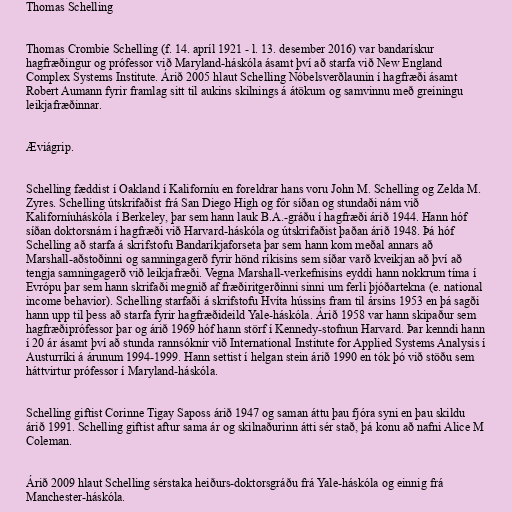
Thomas Schelling

Thomas Crombie Schelling (f. 14. apríl 1921 - l. 13. desember 2016) var bandarískur
hagfræðingur og prófessor við Maryland-háskóla ásamt því að starfa við New England
Complex Systems Institute. Árið 2005 hlaut Schelling Nóbelsverðlaunin í hagfræði ásamt
Robert Aumann fyrir framlag sitt til aukins skilnings á átökum og samvinnu með greiningu
leikjafræðinnar.

Æviágrip.

Schelling fæddist í Oakland í Kaliforníu en foreldrar hans voru John M. Schelling og Zelda M.
Zyres. Schelling útskrifaðist frá San Diego High og fór síðan og stundaði nám við
Kaliforníuháskóla í Berkeley, þar sem hann lauk B.A.-gráðu í hagfræði árið 1944. Hann hóf
síðan doktorsnám í hagfræði við Harvard-háskóla og útskrifaðist þaðan árið 1948. Þá hóf
Schelling að starfa á skrifstofu Bandaríkjaforseta þar sem hann kom meðal annars að
Marshall-aðstoðinni og samningagerð fyrir hönd ríkisins sem síðar varð kveikjan að því að
tengja samningagerð við leikjafræði. Vegna Marshall-verkefnisins eyddi hann nokkrum tíma í
Evrópu þar sem hann skrifaði megnið af fræðiritgerðinni sinni um ferli þjóðartekna (e. national
income behavior). Schelling starfaði á skrifstofu Hvíta hússins fram til ársins 1953 en þá sagði
hann upp til þess að starfa fyrir hagfræðideild Yale-háskóla. Árið 1958 var hann skipaður sem
hagfræðiprófessor þar og árið 1969 hóf hann störf í Kennedy-stofnun Harvard. Þar kenndi hann
í 20 ár ásamt því að stunda rannsóknir við International Institute for Applied Systems Analysis í
Austurríki á árunum 1994-1999. Hann settist í helgan stein árið 1990 en tók þó við stöðu sem
háttvirtur prófessor í Maryland-háskóla.

Schelling giftist Corinne Tigay Saposs árið 1947 og saman áttu þau fjóra syni en þau skildu
árið 1991. Schelling giftist aftur sama ár og skilnaðurinn átti sér stað, þá konu að nafni Alice M
Coleman.

Árið 2009 hlaut Schelling sérstaka heiðurs-doktorsgráðu frá Yale-háskóla og einnig frá
Manchester-háskóla.